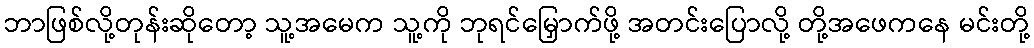
ဘာဖြစ်လို့တုန်းဆိုတော့ သူ့အမေက သူ့ကို ဘုရင်မြှောက်ဖို့ အတင်းပြောလို့ တို့အဖေကနေ မင်းတို့